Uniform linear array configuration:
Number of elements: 12
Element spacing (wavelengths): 0.5
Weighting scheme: blackman
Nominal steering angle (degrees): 0
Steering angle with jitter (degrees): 1.557
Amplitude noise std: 0.05
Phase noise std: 0.05

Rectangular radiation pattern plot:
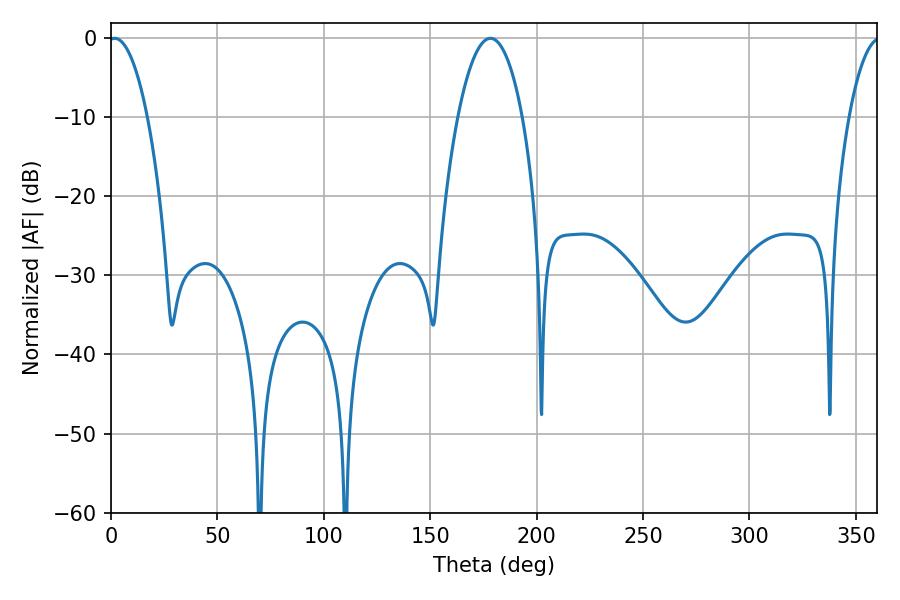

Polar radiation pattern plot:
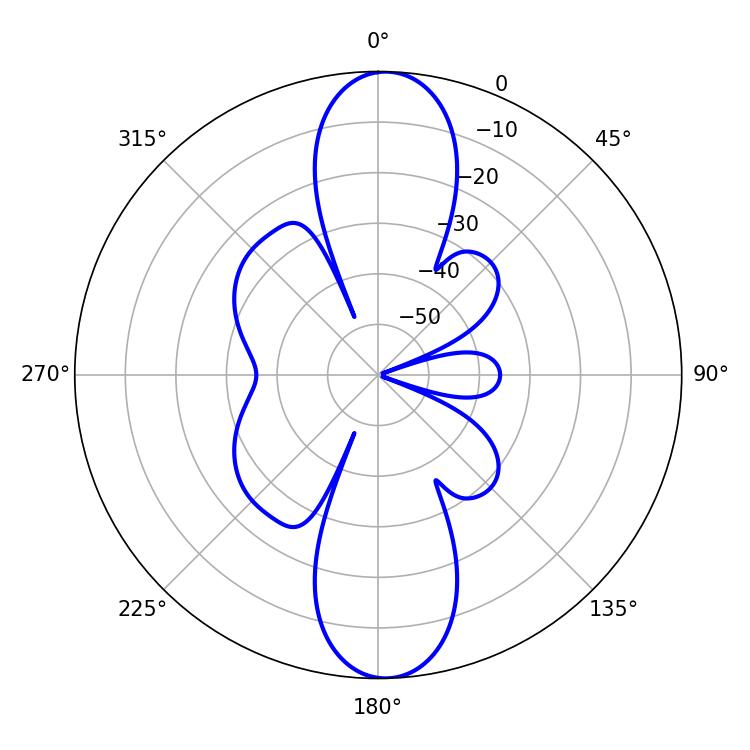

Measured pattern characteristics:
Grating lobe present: FALSE
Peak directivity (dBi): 20.499
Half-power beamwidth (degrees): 10.26
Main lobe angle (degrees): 1.62